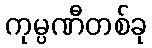
ကုမ္ပဏီတစ်ခု